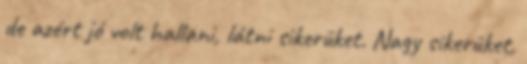
de azért jó volt hallani, látni sikerüket. Nagy sikerüket,